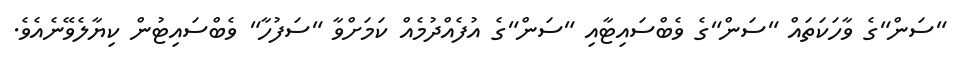
"ސަން"ގެ ވާހަކަތައް "ސަން"ގެ ވެބްސައިޓާއި "ސަން"ގެ އުފެއްދުމެއް ކަމަށްވާ "ސަފުހާ" ވެބްސައިޓުން ކިޔާލެވޭނެއެވެ.